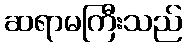
ဆရာမကြီးသည်